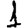
Digit: 1